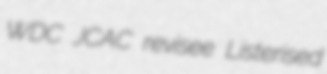
WDC JCAC revisee Listerised